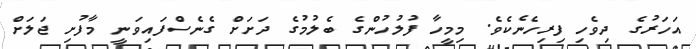
އަހަރުގެ ދިވެހި ފިރިހެނެކެވެ. މިމީހާ ފުލުހުންގެ ބެލުމުގެ ދަށަށް ގެނެސްފައިވަނީ މާފުށި ޖަލަށް